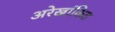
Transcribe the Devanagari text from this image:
अरेखांकित